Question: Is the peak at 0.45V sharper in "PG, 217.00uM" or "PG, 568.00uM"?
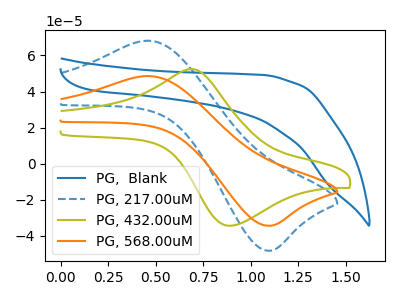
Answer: <think>The blue curve "PG,  Blank" has no peaks. The blue dashed curve "PG, 217.00uM" has an anodic peak at (0.45V, 68.15uA) and a cathodic peak at (1.10V, -48.15uA). The olive curve "PG, 432.00uM" has an anodic peak at (0.70V, 52.45uA) and a cathodic peak at (0.90V, -34.35uA). The orange curve "PG, 568.00uM" has an anodic peak at (0.45V, 48.60uA) and a cathodic peak at (1.10V, -34.35uA).</think>
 <answer>The peak at 0.45V is higher in "PG, 217.00uM" than in "PG, 568.00uM".</answer>
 <eval>higher</eval>